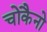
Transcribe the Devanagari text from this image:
चोकैनो